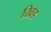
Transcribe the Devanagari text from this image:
खिड